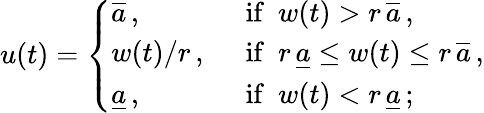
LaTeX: u(t)=\left\{ \begin{array}{ll}{\overline{{a}}\, ,}&{\ \ \mathrm{if\ \ }w(t)>r\, \overline{{a}}\, ,}\\ {w(t)/r\, ,}&{\ \ \mathrm{if\ \ }r\, \underline{{a}}\le w(t)\le r\, \overline{{a}}\, ,}\\ {\underline{{a}}\, ,}&{\ \ \mathrm{if\ \ }w(t)<r\, \underline{{a}}\, ;}\end{array}\right.